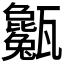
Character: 𤮭